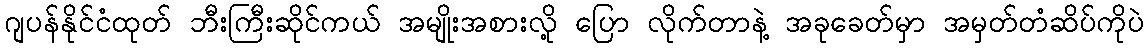
ဂျပန်နိုင်ငံထုတ် ဘီးကြီးဆိုင်ကယ် အမျိုးအစားလို့ ပြော လိုက်တာနဲ့ အခုခေတ်မှာ အမှတ်တံဆိပ်ကိုပဲ